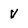
Character: V